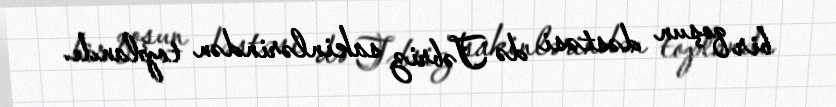
bir qoşun dəstəsi də Təbriz sakinlərindən toplandı.